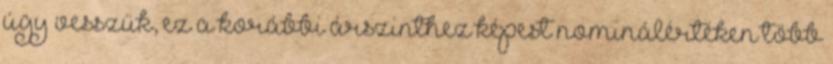
úgy vesszük, ez a korábbi árszinthez képest nominálértéken több